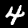
Digit: 4